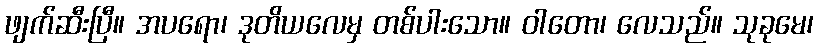
ဖျက်ဆီးပြီ။ အပရော၊ ဒုတိယလေမှ တစ်ပါးသော။ ဝါတော၊ လေသည်။ သုခုမေ၊